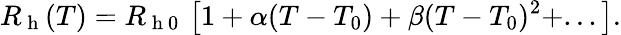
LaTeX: R_{\mathrm{~h~}}(T)=R_{\mathrm{~h~0~}}\left[1+\alpha(T-T_{0})+\beta(T-T_{0})^{2}+...\right]{.}